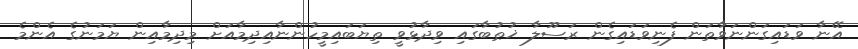
އޭނާ ވަޑައިގަންނަވާތަން ފެނިވަޑައިގެން ރަސޫލާ ޚުޠުބާގައި ވިދާޅުވީ ތިޔަބައިމީހުންނާއިދިމާއަށް މިދިމާއިން ޔަމަނުގެ އެންމެ